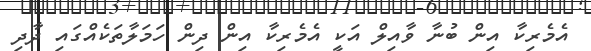
އެމެރިކާ އިން ބުނާ ވާއިލް އަކީ އެމެރިކާ އިން ދިން ހަމަލާތަކެއްގައި ދާދި